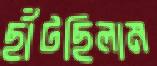
ছাঁটছিলাম